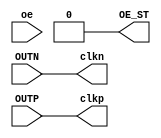
module SIT9122 (output OE_ST,input OUTN,input OUTP,
 input oe,
 output clkp,
 output clkn);
// pin  OUTN is      MGTREFCLK0N_116 bank 116 bus_bmb7_Y4[1]         D5
// pin  OUTP is      MGTREFCLK0P_116 bank 116 bus_bmb7_Y4[0]         D6
// pin OE_ST is        IO_L10P_T1_16 bank  16 bus_bmb7_Y4[2]         C9
assign OE_ST=0;
assign clkp=OUTP;
assign clkn=OUTN;
//assign OUTN=0;
//assign OUTP=0;
endmodule